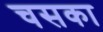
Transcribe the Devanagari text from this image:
चसका